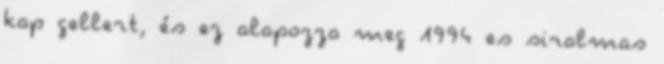
kap gellert, és ez alapozza meg 1994 es siralmas